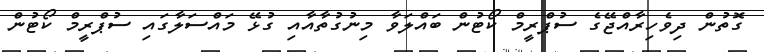
ގޮތުން ދިވެހިރާއްޖޭގެ ސުޕްރީމް ކޯޓުން ބައްލަވާ މިނުގުތާއާއި ގުޅޭ މައްސަލާގައި ސުޕްރީމް ކޯޓުން